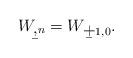
LaTeX: \begin{align*} W_{\b,n}=W_{\b+1,0}.\end{align*}